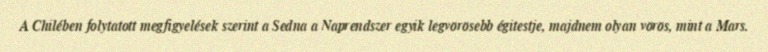
A Chilében folytatott megfigyelések szerint a Sedna a Naprendszer egyik legvörösebb égitestje, majdnem olyan vörös, mint a Mars.